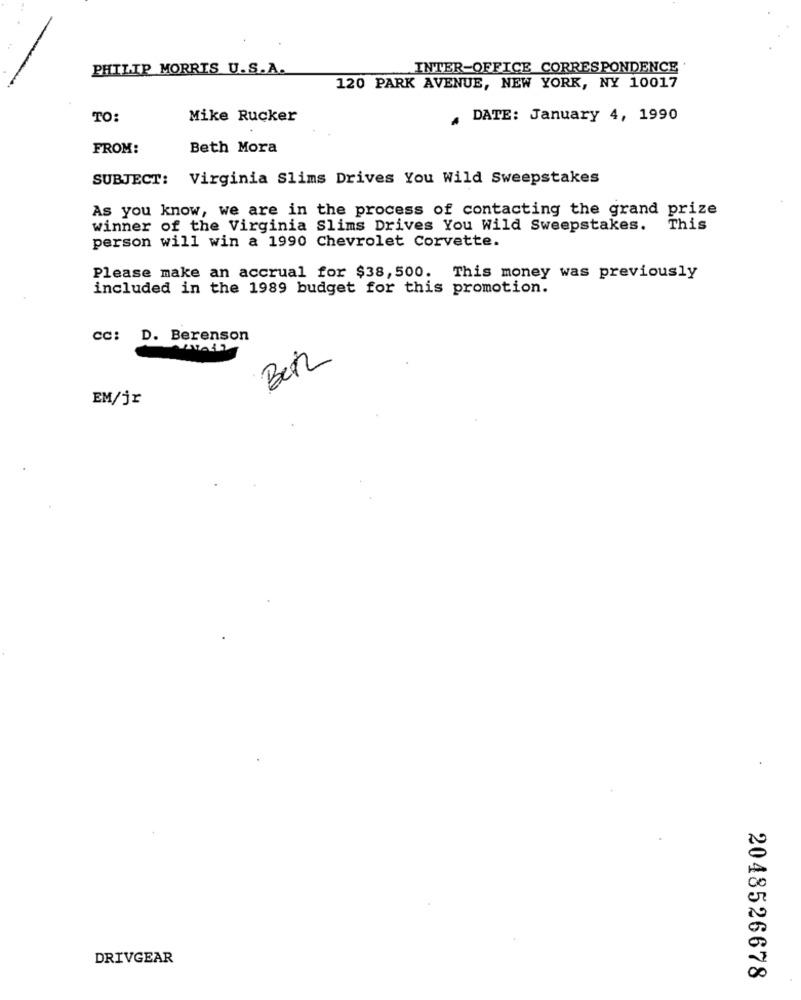
PHILIP MORRIS U.S.A.
INTER-OFFICE CORRESPONDENCE
120 PARK AVENUE, NEW YORK, NY 10017
TO:
Mike Rucker
. DATE: January 4, 1990
FROM:
Beth Mora
SUBJECT: Virginia Slims Drives You Wild Sweepstakes
As you know, we are in the process of contacting the grand prize
winner of the Virginia Slims Drives You Wild Sweepstakes.
This
person will win a 1990 Chevrolet Corvette.
Please make an accrual for $38,500. This money was previously
included in the 1989 budget for this promotion.
CC: D. Berenson
Bei
EM/jr
DRIVGEAR
2048526678